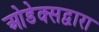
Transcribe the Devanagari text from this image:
ओडेक्सद्वारा